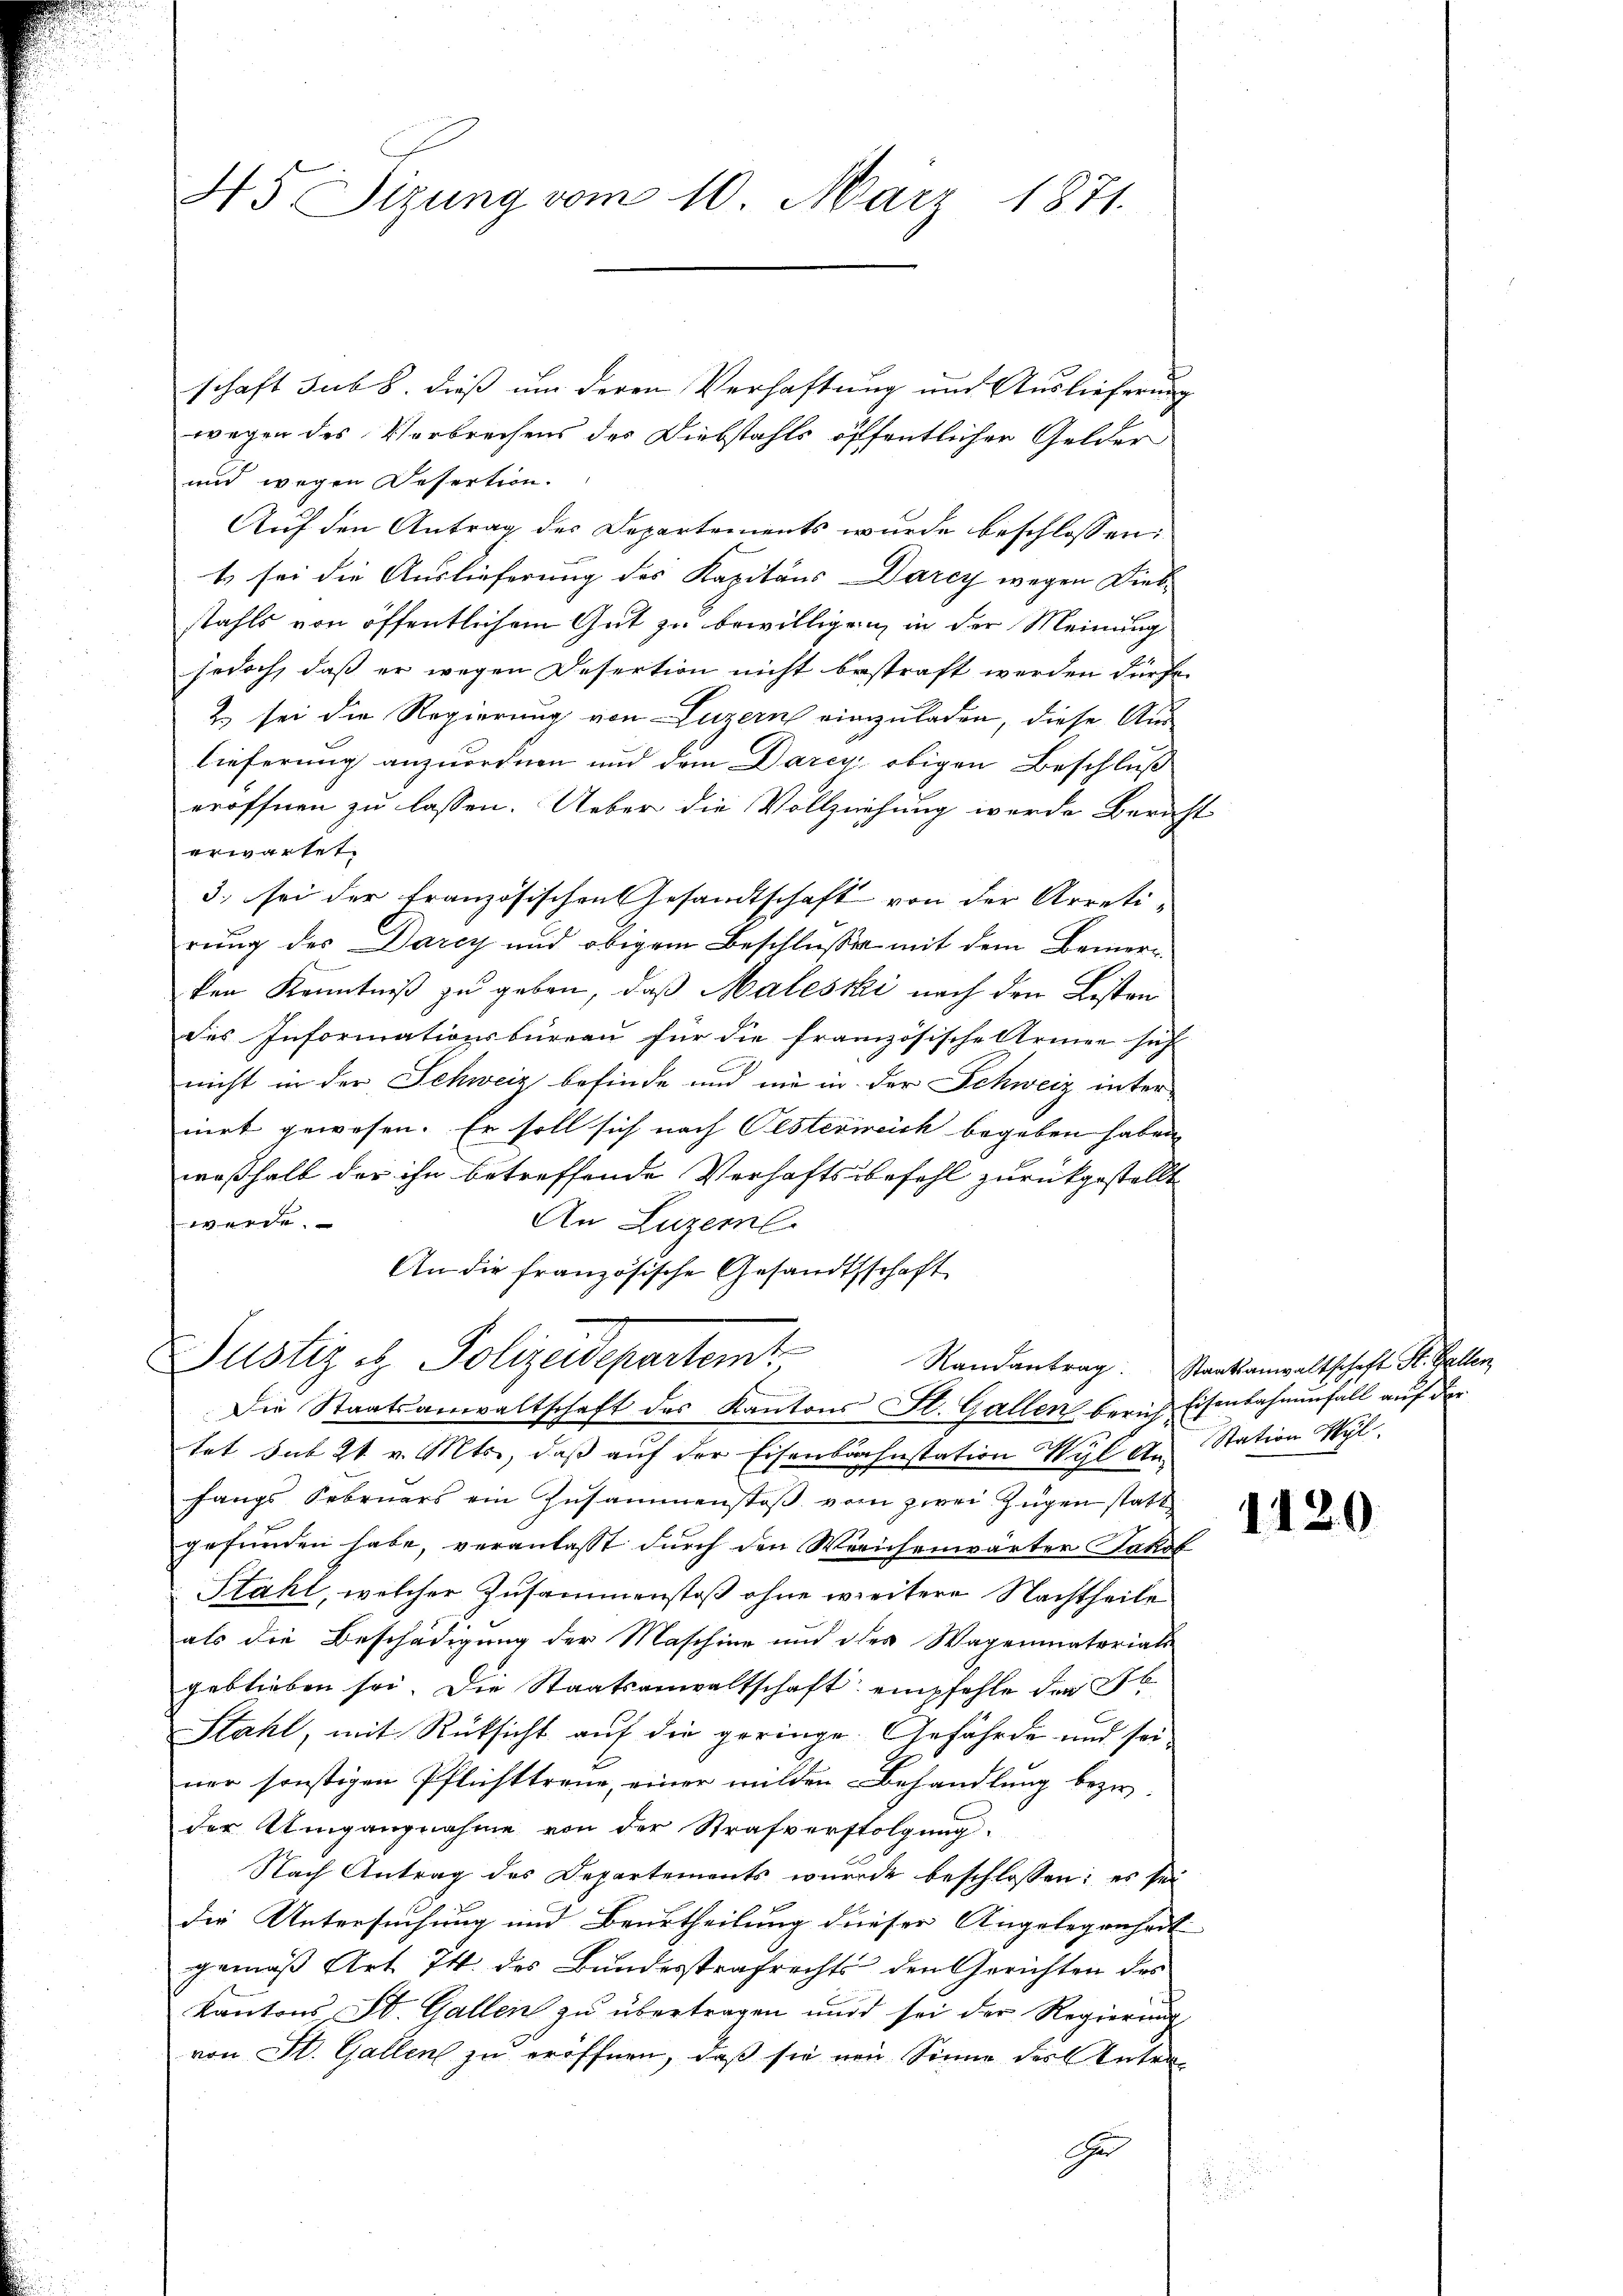
45 Sizung vom 10. März 1871.

schaft sub b. dieß um deren Verhaftung und Auslieferung
wegen des Verbrechens des Diebstahls öffentlicher Gelder
und wegen Desertion.
Auf den Antrag des Departements wurde beschlossen:
t. sei die Auslieferung des Kapitaus Darcy wegen Dieb-
stahls von öffentlichem Gut zu bewilligen, in der Meinung
jedoch, daß er wegen Desertion nicht bestraft werden dürfe.
& sei die Regierung von Luzern einzuladen, diese Auslieferung anzuordnen und dem Darcy obigen Beschluß
eröffnen zu lassen. Ueber die Vollziehung werde Zürich-
erwartet.
3. sei der französischen Gesandtschaft von der Arreti-
rung des Darcy und obigem Beschluße mit dem Bemerken Kenntniß zu geben, daß Malessi nach den Listen
des Informationsbüreau für die französische Armen sich
nicht in der Schweiz befinde und nie in der Schweiz internirt gewesen. Er soll sich nach Pesterweich begeben haben,
weßhalb der ihn betreffende Verhaftsbefehl zurückgestellt
werde.
An Luzern.
An die französische Gesandtschaft
Justiz u. Polizeidepartem Randantrag. Staatsanwaltschaft St. Gallen
Die Staatsanwaltschaft des Kantons St. Gallen berich, Eisenbahnenfall auf der
tet sub 21. v. Mts., daß auf der Eisenbahnstation Wyl An-
fangs Februars ein Zusammenstoβ vom zwei Zügen statt
gefunden habe, veranlasst durch den Werichenwärter Jakob
Stahl, welcher Zusammenstoß ohne weitere Nachtheile
als die Beschädigung der Maschine und des Wagenmatoriats-
geblieben sei. Die Staatsanwaltschaft empfehle der b
Stahl, mit Rücksicht auf die geringe. Gefährde und seiner sonstigen Pflichttreue, einer milden Behandlung bezw.
der Umgangnahme von der Strafverfolgung
Nach Antrag des Departements wurde beschlossen: es sei
der Untersuchung und Beurtheilung dieser Angelegenheit
gemäß Art 74 des Bundesstrafrechts den Gerichten des
Kantons St. Gallen zŭ übertragen und sei der Regierŭng
von St. Gallen zu eröffnen, daß sie von Sinne der Antrar

Station Wyl

1120